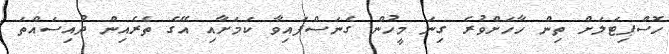
ހޮސްޕިޓަލަށް ތިން ހާހަށްވުރެ ގިނަ މީހުން ގެނަސްފައިވާ ކަމަށާއި އޭގެ ތެރެއިން ދުއިސައްތަ